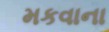
મકવાના